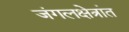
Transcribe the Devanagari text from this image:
जंगलक्षेत्रांत